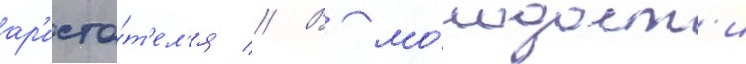
ар'исто́т'ел'я // В мо́лодост'и